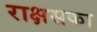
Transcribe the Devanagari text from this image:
राक्षसका